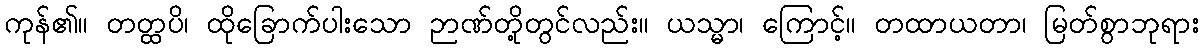
ကုန်၏။ တတ္ထပိ၊ ထိုခြောက်ပါးသော ဉာဏ်တို့တွင်လည်း။ ယသ္မာ၊ ကြောင့်။ တထာယတာ၊ မြတ်စွာဘုရား